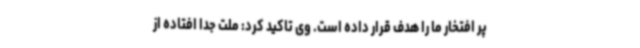
پر افتخار ما را هدف قرار داده است. وی تاکید کرد: ملت جدا افتاده از